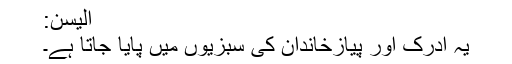
الیسن:
یہ ادرک اور پیازخاندان کی سبزیوں میں پایا جاتا ہے۔